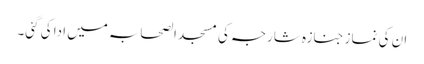
ان کی نماز جنازہ شارجہ کی مسجد الصحابہ میں ادا کی گئی۔